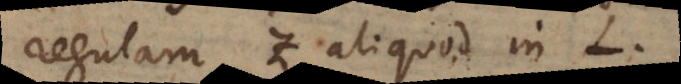
regulam z aliquod in L.